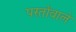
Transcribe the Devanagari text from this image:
परतोंवाले